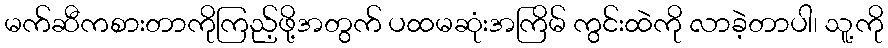
မက်ဆီကစားတာကိုကြည့်ဖို့အတွက် ပထမဆုံးအကြိမ် ကွင်းထဲကို လာခဲ့တာပါ၊ သူ့ကို